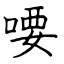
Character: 喓